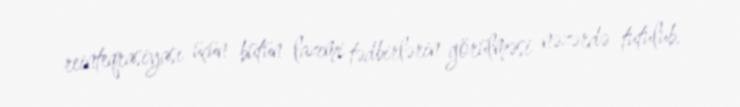
reinteqrasiyası üçün bütün lazımi tədbirlərin görülməsi nəzərdə tutulub.